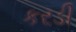
કરડી